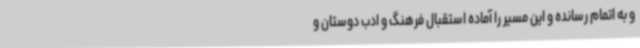
و به اتمام رسانده و این مسیر را آماده استقبال فرهنگ و ادب دوستان و